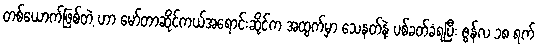
တစ်ယောက်ဖြစ်တဲ့ ဟာ မော်တာဆိုင်ကယ်အရောင်းဆိုင်က အထွက်မှာ သေနတ်နဲ့ ပစ်ခတ်ခံရပြီး ဇွန်လ ၁၈ ရက်